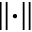
\left\| \cdot \right\|